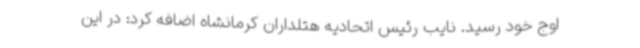
اوج خود رسید. نایب رئیس اتحادیه هتلداران کرمانشاه اضافه کرد: در این